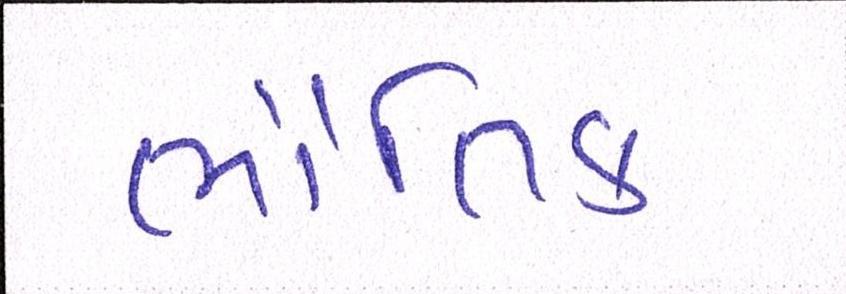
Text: ભૌતિક